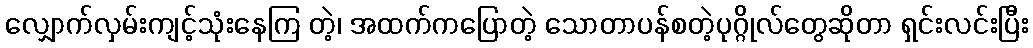
လျှောက်လှမ်းကျင့်သုံးနေကြ တဲ့၊ အထက်ကပြောတဲ့ သောတာပန်စတဲ့ပုဂ္ဂိုလ်တွေဆိုတာ ရှင်းလင်းပြီး